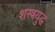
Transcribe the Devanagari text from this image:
शस्त्रयुद्ध